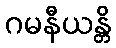
ဂမနီယန္တိ